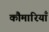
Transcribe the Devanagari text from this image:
कौमारियाँ